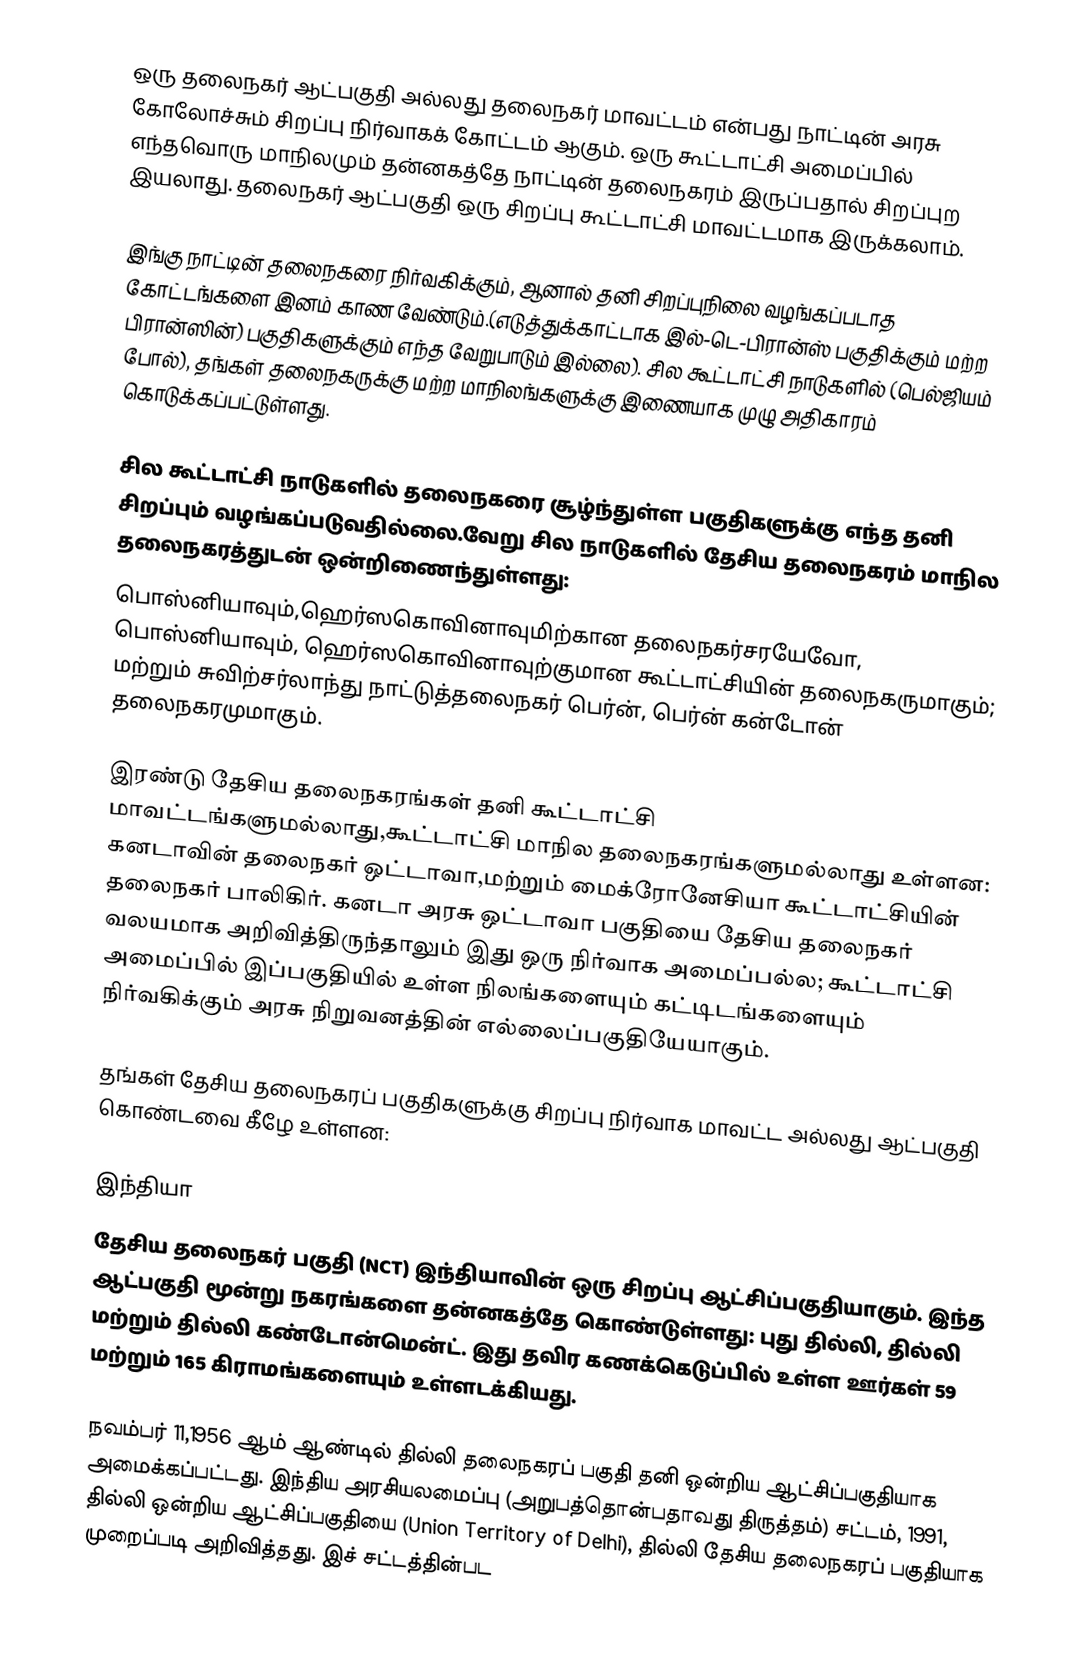
ஒரு தலைநகர் ஆட்பகுதி அல்லது தலைநகர் மாவட்டம் என்பது நாட்டின் அரசு கோலோச்சும் சிறப்பு நிர்வாகக் கோட்டம் ஆகும். ஒரு கூட்டாட்சி அமைப்பில் எந்தவொரு மாநிலமும் தன்னகத்தே நாட்டின் தலைநகரம் இருப்பதால் சிறப்புற இயலாது. தலைநகர் ஆட்பகுதி ஒரு சிறப்பு கூட்டாட்சி மாவட்டமாக இருக்கலாம்.

இங்கு நாட்டின் தலைநகரை நிர்வகிக்கும், ஆனால் தனி சிறப்புநிலை வழங்கப்படாத கோட்டங்களை இனம் காண வேண்டும்.(எடுத்துக்காட்டாக இல்-டெ-பிரான்ஸ் பகுதிக்கும் மற்ற பிரான்ஸின்) பகுதிகளுக்கும் எந்த வேறுபாடும் இல்லை). சில கூட்டாட்சி நாடுகளில் (பெல்ஜியம் போல்), தங்கள் தலைநகருக்கு மற்ற மாநிலங்களுக்கு இணையாக முழு அதிகாரம் கொடுக்கப்பட்டுள்ளது.

சில கூட்டாட்சி நாடுகளில் தலைநகரை சூழ்ந்துள்ள பகுதிகளுக்கு எந்த தனி சிறப்பும் வழங்கப்படுவதில்லை.வேறு சில நாடுகளில் தேசிய தலைநகரம் மாநில தலைநகரத்துடன் ஒன்றிணைந்துள்ளது:
பொஸ்னியாவும்,ஹெர்ஸகொவினாவுமிற்கான தலைநகர்சரயேவோ, பொஸ்னியாவும், ஹெர்ஸகொவினாவுற்குமான கூட்டாட்சியின் தலைநகருமாகும்; மற்றும் சுவிற்சர்லாந்து நாட்டுத்தலைநகர் பெர்ன், பெர்ன் கன்டோன் தலைநகரமுமாகும்.

இரண்டு தேசிய தலைநகரங்கள் தனி கூட்டாட்சி மாவட்டங்களுமல்லாது,கூட்டாட்சி மாநில தலைநகரங்களுமல்லாது உள்ளன: கனடாவின் தலைநகர் ஒட்டாவா,மற்றும் மைக்ரோனேசியா கூட்டாட்சியின் தலைநகர் பாலிகிர். கனடா அரசு ஒட்டாவா பகுதியை தேசிய தலைநகர் வலயமாக அறிவித்திருந்தாலும் இது ஒரு நிர்வாக அமைப்பல்ல; கூட்டாட்சி அமைப்பில் இப்பகுதியில் உள்ள நிலங்களையும் கட்டிடங்களையும் நிர்வகிக்கும் அரசு நிறுவனத்தின் எல்லைப்பகுதியேயாகும்.

தங்கள் தேசிய தலைநகரப் பகுதிகளுக்கு சிறப்பு நிர்வாக மாவட்ட அல்லது ஆட்பகுதி கொண்டவை கீழே உள்ளன:

இந்தியா
தேசிய தலைநகர் பகுதி (NCT) இந்தியாவின் ஒரு சிறப்பு ஆட்சிப்பகுதியாகும்.  இந்த ஆட்பகுதி மூன்று நகரங்களை தன்னகத்தே கொண்டுள்ளது: புது தில்லி, தில்லி மற்றும் தில்லி கண்டோன்மென்ட். இது தவிர கணக்கெடுப்பில் உள்ள ஊர்கள் 59 மற்றும் 165 கிராமங்களையும் உள்ளடக்கியது.

நவம்பர் 11,1956 ஆம் ஆண்டில் தில்லி தலைநகரப் பகுதி தனி ஒன்றிய ஆட்சிப்பகுதியாக அமைக்கப்பட்டது. இந்திய அரசியலமைப்பு (அறுபத்தொன்பதாவது திருத்தம்) சட்டம், 1991, தில்லி ஒன்றிய ஆட்சிப்பகுதியை (Union Territory of Delhi), தில்லி தேசிய தலைநகரப் பகுதியாக முறைப்படி அறிவித்தது. இச் சட்டத்தின்பட